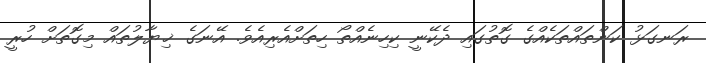
ރަނގަޅު ކަންތައްތަކެއްގެ ގޮތުގައި ދެކޭނީ ކިހިނެއްތޯ ހިތަށްއެރިއެވެ. އޭނަގެ ޚިޔާލުތައް މިގޮތަށް ހުރީ